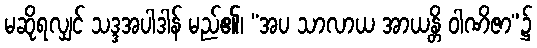
မဆိုရလျှင် သဒ္ဒအပါဒါန် မည်၏၊ “အပ သာလာယ အာယန္တိ ဝါဏိဇာ”၌